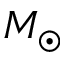
M _ { \odot }